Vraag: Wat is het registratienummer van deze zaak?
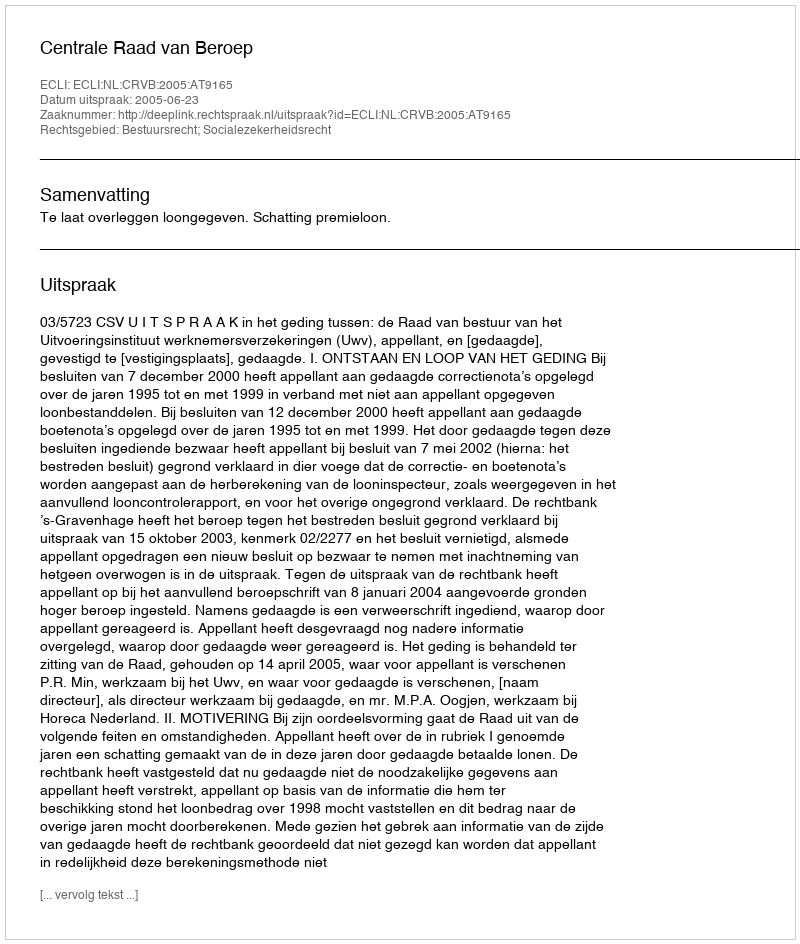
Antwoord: http://deeplink.rechtspraak.nl/uitspraak?id=ECLI:NL:CRVB:2005:AT9165